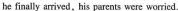
he finally arived,his perents were woried.